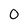
Character: 0